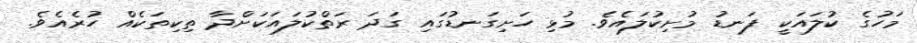
މަހުގެ ކުލައަކީ ފަނޑު މުށިކުލައެވެ. މުޅި ހަށިގަނޑުގައި ގަދަ ރަތްކުލައަކަށްދާ ތިކިތަކެއް ހުރެއެވެ.